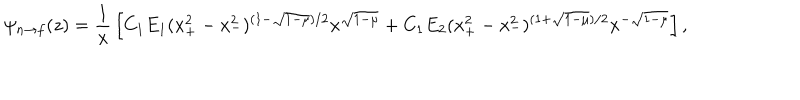
\psi _ { n \to f } ( z ) = { \frac { 1 } { x } } \left[ C _ { 1 } E _ { 1 } ( x _ { + } ^ { 2 } - x _ { - } ^ { 2 } ) ^ { ( 1 - \sqrt { 1 - \mu } ) / 2 } x ^ { \sqrt { 1 - \mu } } + C _ { 1 } E _ { 2 } ( x _ { + } ^ { 2 } - x _ { - } ^ { 2 } ) ^ { ( 1 + \sqrt { 1 - \mu } ) / 2 } x ^ { - \sqrt { 1 - \mu } } \right] ,